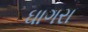
ઘાગરા